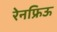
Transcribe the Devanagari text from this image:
रेनफ्रिऊ